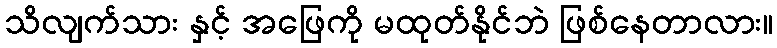
သိလျက်သား နှင့် အဖြေကို မထုတ်နိုင်ဘဲ ဖြစ်နေတာလား။